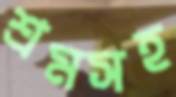
শ্রমসহ